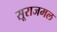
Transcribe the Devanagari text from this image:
सूराजमल